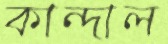
কান্দাল